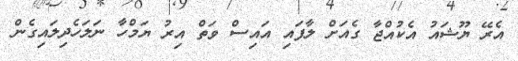
އެރޭ ޔޫޝައު އެކުއްޖާ ގެއަށް ލާފައި އައިސް ވަތް އިރު ޔަމްހާ ނަލަހެދިލައިގެން